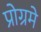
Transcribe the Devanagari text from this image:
प्रोग्रमे